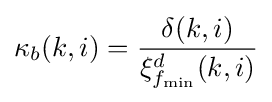
\kappa _{b}(k,i)={\frac {\delta (k,i)}{\xi _{f_{\min }}^{d}(k,i)}}